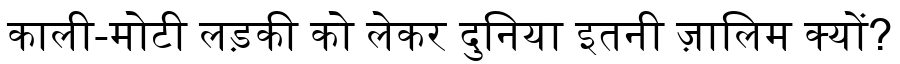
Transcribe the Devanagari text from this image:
काली-मोटी लड़की को लेकर दुनिया इतनी ज़ालिम क्यों?